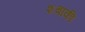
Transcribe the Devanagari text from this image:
शबाकी